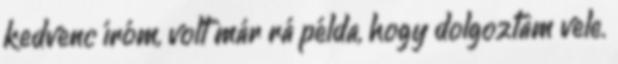
kedvenc íróm, volt már rá példa, hogy dolgoztam vele.